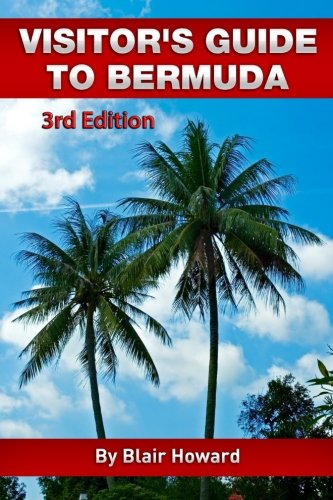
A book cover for Visitor's Guide to Bermuda - 3rd Edition; Blair Howard; Travel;